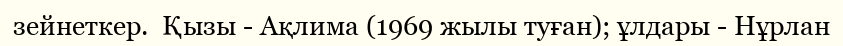
зейнеткер.  Қызы - Ақлима (1969 жылы туған); ұлдары - Нұрлан